Annual report of the Central Committee of the Association together with the report of the directors of the Pasteur Institute at Kasauli
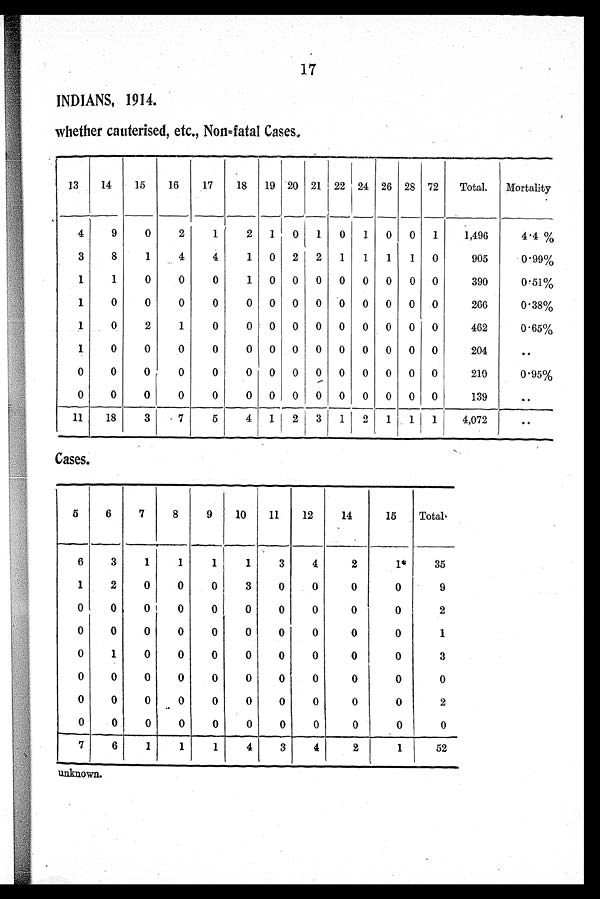
17
INDIANS, 1914.
whether cauterised, etc., Non=fatal Cases.
13
14
15
16
17
18
19 20 21 22 24 26 28 72
Total.
Mortality
4
9
0
2
1
2 1
0 1
0
1
0 0 1
1,496
4.4 %
3
8
1
4
4
1 0 2 2
1
1
1
1 0
905
0.99%
1
1
0
0
0
1 0 0 0 0 0 0
0 0
390
0.51%
1
0
0
0
0
0 0 0 0 0 0 0 0 0
266
0.38%
1
0
2
1
0
0 0 0 0 0 0 0 0 0
462
0.65%
1
0
0
0
0
0 0 0 0 0 0 0 0 0
204
. .
0
0
0
0
0
0 0 0 0 0 0 0 0 0
210
0.95%
0
0
0
0
0
0 0 0 0 0 0 0 0 0
139
. .
11
18
3
7
5
4 1
2 3
1
2
1
1
1
4,072
. .
Cases.
5
6
7
8
9
10
11
12
14
15
Total.
6
3
1
1
1 1
3
4
2
1 *
35
1
2
0
0
0
3
0
0
0
0
9
0
0
0
0
0
0
0
0
0
0
2
0
0
0
0
0
0
0
0
0
0
1
0
1
0
0
0
0
0
0
0
0
3
0
0
0
0
0
0
0
0
0
0
0
0
0
0
0
0
0
0
0
0
0
2
0
0
0
0
0
0
0
0
0
0
0
7
6
1
1
1
4
3
4
2
1
52
unknown.